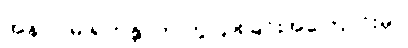
အနာဂါမ် ရဟန္တာဟု ကွဲပြားခြင်းအကြောင်းမှာ